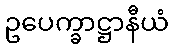
ဥပေက္ခာဋ္ဌာနီယံ